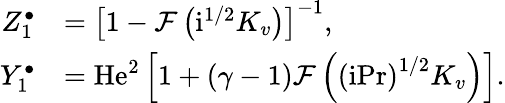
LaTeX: \begin{array}{rl}{Z_{1}^{\bullet}}&{=\left[1-\mathcal{F}\left(\mathrm{i}^{1/2}K_{v}\right)\right]^{-1},}\\ {Y_{1}^{\bullet}}&{=\mathrm{He}^{2}\left[1+\left(\gamma-1\right)\mathcal{F}\left(\left(\mathrm{i}\mathrm{Pr}\right)^{1/2}K_{v}\right)\right].}\end{array}